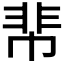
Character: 𩇪